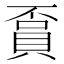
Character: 𧶏